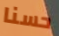
حسنا